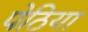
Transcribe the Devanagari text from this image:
पेठिया